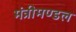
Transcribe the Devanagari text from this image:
मंत्रीमण्‍डल